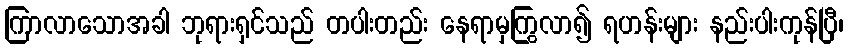
ကြာလာသောအခါ ဘုရားရှင်သည် တပါးတည်း နေရာမှကြွလာ၍ ရဟန်းများ နည်းပါးကုန်ပြီ၊